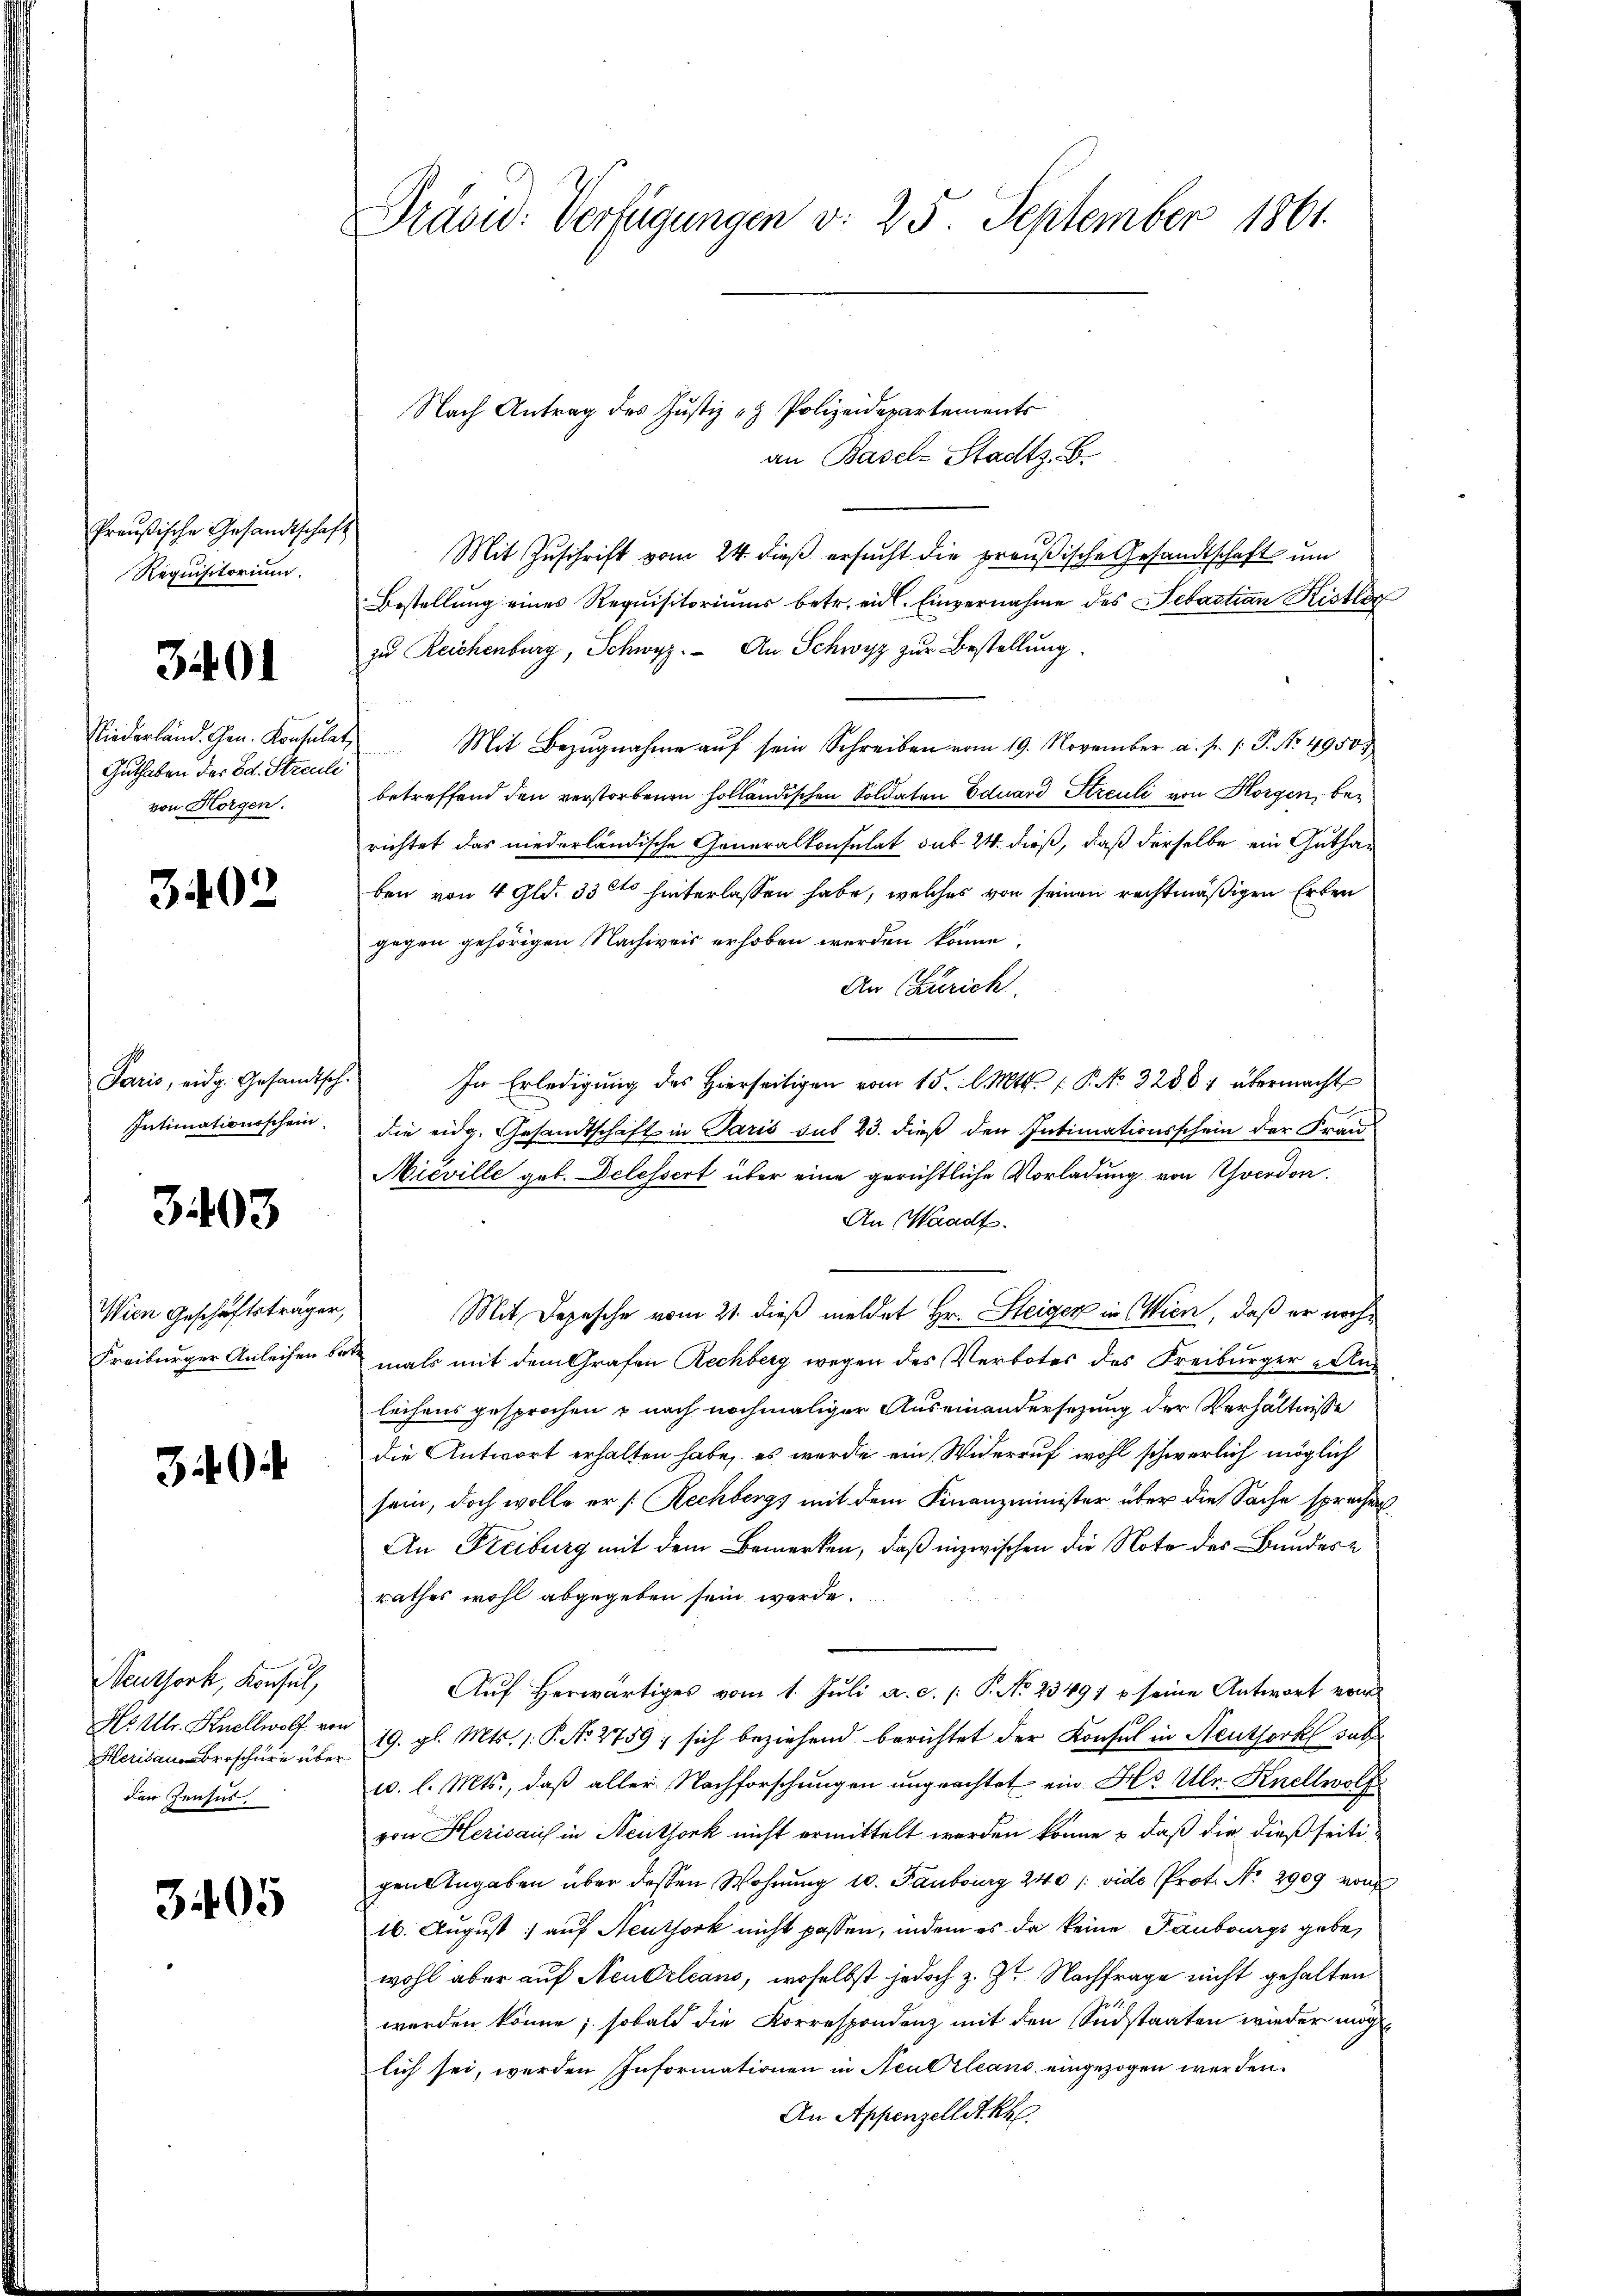
Preußische Gesandtschaft
Requisitorium.

391

Niederland. Gen. Konsulat,
Guthaben des Ed. Streuli
von Horgen.

3402

Paris, eidg. Gesandtsch-
Intimationsschein

3403

Wien Geschäftsträger,

340

Seuthork, Konsul,
Herisau. Broschüre über
den Zensus.

3405

Präsid. Verfügungen d. 25. September 1861.

Nach Antrag des Justiz & Polizeidepartements

an Basel-Stadtz. B.
Mit Zuschrift vom 24. dieß ersucht die preußische Gesandtschaft um
Bestellung eines Requisitoriums betr. eid. Einvernahme des Sebastian Kister
zu Reichenburg, Schwyz. An Schwyz zŭr Bestellung.
Mit Bezugnahme auf sein Schreiben vom 19. November a. p. 1. P. No. 4950
betreffend den verstorbenen holländischen Soldaten Eduard Streuli von Horgen, berichtet das niederländische Generalkonsulat sub 24. dieß, daß derselbe ein Guthan
ben von 4 Gld. 33 st hinterlassen habe, welches von seinen rechtmäßigen Erben
gegen gehörigen Nachweis erhoben werden könne,
An Zürich.
In Erledigung des Hierseitigen vom 15. l. Mts. f. P. No 3288; übermacht
die eidg. Gesandtschaft in Paris sub 23. dieß den Intimationsschein der Fran
Nicville geb. Delessert über eine gerichtliche Vorladung von Yverdon.
An Waadt.
Mit Depesche vom 21. dieß meldet Hr. Steiger in Wien, daß er noch¬
Freiburger Anleihen dermals mit dem Grafen Rechberg wegen des Verbotes des Freiburger Aus
leihens gesprochen u nach nochmaliger Auseinandersezung der Verhältnisse
die Antwort erhalten habe, es werde ein Widerruf wohl schwerlich möglich
sein, doch wolle er /: Rechbergs mit dem Finanzminister über die Sache sprechen
An Freiburg mit dem Bemerken, daß inzwischen die Note des Bundesrathes wohl abgegeben sein werde.
Auf Herwärtiges vom 1. Juli a. a. f. Frk. 13191 seine Antwort von
Hs. Ulr. Knollwolf von 19. gl. Mts. 1. P. No 2759; sich beziehend berichtet der Konsul in Neuthork setz
c. l. Mts., daß aller Nachforschungen ungeachtet ein Hs. Ulr. Knellwolf
von Herisau in Neuthork nicht ermittelt werden könne & daß die dieß seitigen Angaben über dessen Wohnung u. Fanburg 240 /: vide Prot. No. 2909 von
16. August auf Neuthork nicht passen, indem es da keine Taubourgs gebe,
wohl aber auf Neudrleans, woselbst jedoch z. Zt. Nachfrage nicht gehalten
werden könne; sobald die Korrespondenz mit den Südstaaten wieder mögt
lich sei, werden Informationen in Neubrleans eingezogen werden.
An Appenzellet kh.